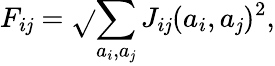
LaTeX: F_{i\mathit{j}}=\sqrt{}{{\sum_{a_{i},a_{\mathit{j}}}J_{i\mathit{j}}(a_{i},a_{\mathit{j}})^{2}}},